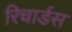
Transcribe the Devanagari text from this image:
रिचार्डस